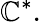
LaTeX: \mathbb{C}^{*}.